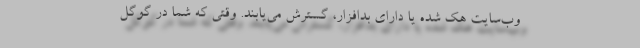
وب‌سایت هک شده یا دارای بدافزار، گسترش می‌یابند. وقتی که شما در گوگل